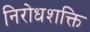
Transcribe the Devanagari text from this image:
निरोधशक्ति